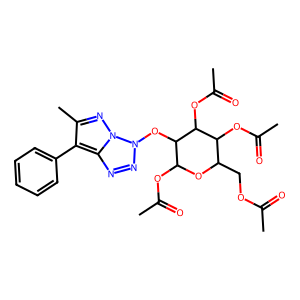
SMILES: CC(=O)OCC1OC(OC(C)=O)C(On2nnc3c(-c4ccccc4)c(C)nn32)C(OC(C)=O)C1OC(C)=O
Inhibits HIV replication: No